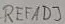
Text: REFADJ